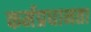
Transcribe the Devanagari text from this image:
कर्मप्रधानता